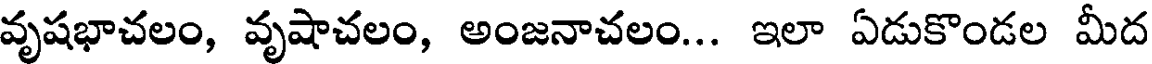
వృషభాచలం, వృషాచలం, అంజనాచలం... ఇలా ఏడుకొండల మీద